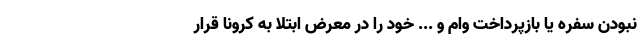
نبودن سفره یا بازپرداخت وام و ... خود را در معرض ابتلا به کرونا قرار